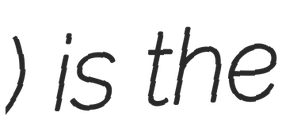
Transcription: Новотроїцьке) is the